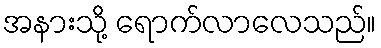
အနားသို့ ရောက်လာလေသည်။